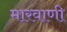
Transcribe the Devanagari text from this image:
मारवाणी